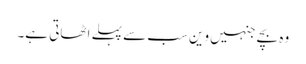
وہ بچے جنہیں وین سب سے پہلے اٹھاتی ہے۔